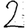
Digit: 2